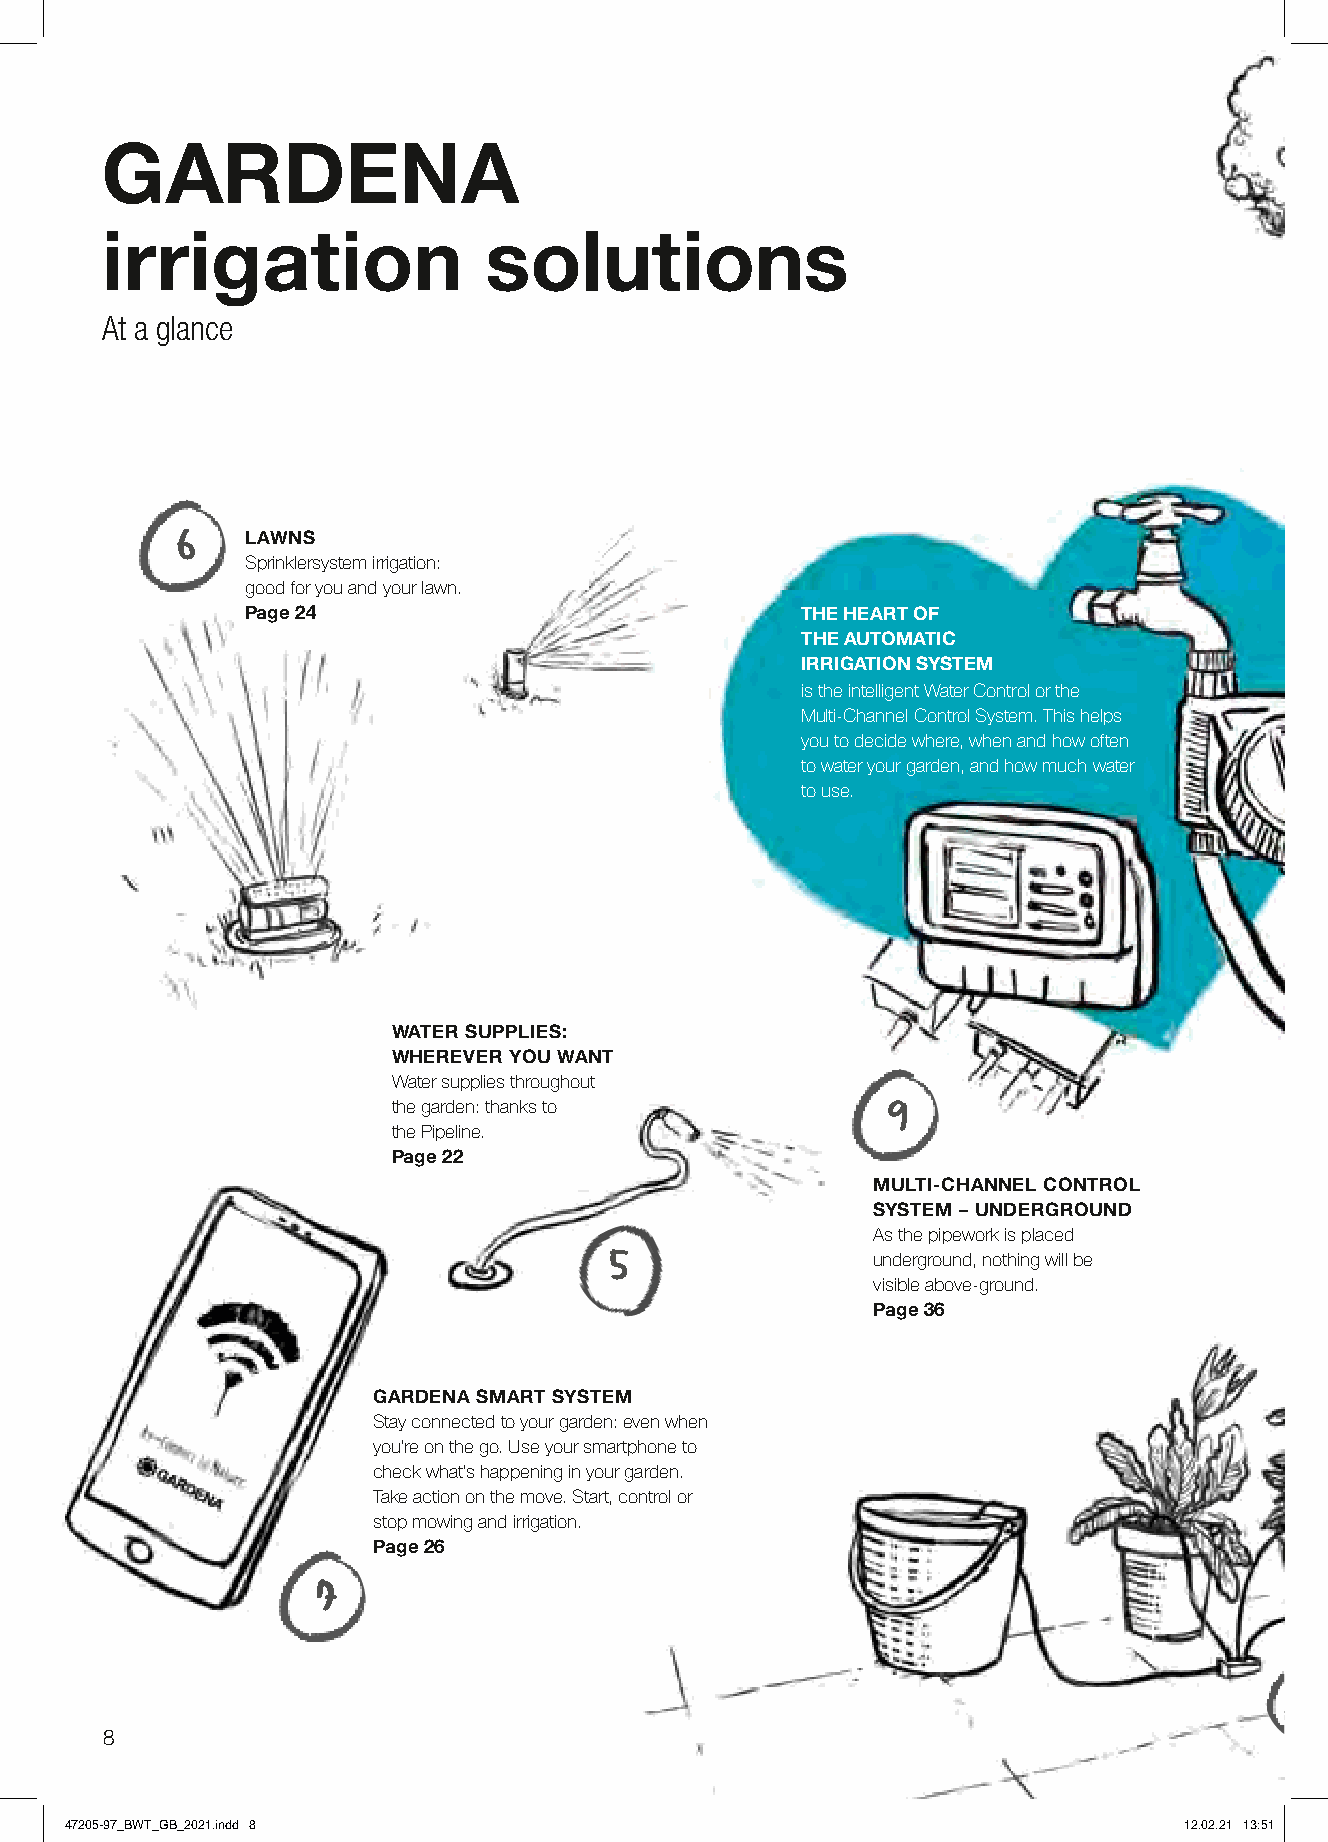
GARDENA
 irrigation               solutions
 At a glance
 6    LAWNS
 Sprinklersystem irrigation:
 good for you and your lawn.
 Page 24                              THE HEART OF
 THE AUTOMATIC
 IRRIGATION SYSTEM
 is the intelligent Water Control or the
 Multi-Channel Control System. This helps
 you to decide where, when and how often
 to water your garden, and how much water
 to use.
 WATER SUPPLIES:
 WHEREVER YOU WANT
 Water supplies throughout
 the garden: thanks to            9
 the Pipeline.
 Page 22
 MULTI-CHANNEL CONTROL
 SYSTEM – UNDERGROUND
 As the pipework is placed
 5                 underground, nothing will be
 visible above-ground.
 Page 36
 GARDENA SMART SYSTEM
 Stay connected to your garden: even when
 you’re on the go. Use your smartphone to
 check what’s happening in your garden.
 Take action on the move. Start, control or
 stop mowing and irrigation.
 Page 26
 77-
 1
 8
 47205-97_BWT_GB_2021.indd 8                                               12.02.21 13:51